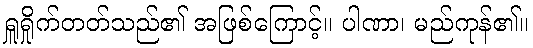
ရှူရှိုက်တတ်သည်၏ အဖြစ်ကြောင့်။ ပါဏာ၊ မည်ကုန်၏။